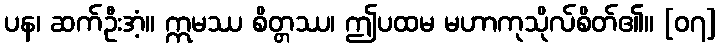
ပန၊ ဆက်ဦးအံ့။ ဣမဿ စိတ္တဿ၊ ဤပထမ မဟာကုသိုလ်စိတ်၏။ [၀၇]